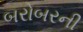
બરોબરની